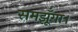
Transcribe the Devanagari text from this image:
समझूँगा।